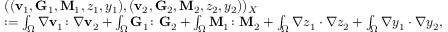
\begin{array} { r l } & { ( ( \mathbf { v } _ { 1 } , \mathbf { G } _ { 1 } , \mathbf { M } _ { 1 } , z _ { 1 } , y _ { 1 } ) , ( \mathbf { v } _ { 2 } , \mathbf { G } _ { 2 } , \mathbf { M } _ { 2 } , z _ { 2 } , y _ { 2 } ) ) _ { X } } \\ & { : = \int _ { \Omega } \nabla \mathbf { v } _ { 1 } \colon \nabla \mathbf { v } _ { 2 } + \int _ { \Omega } \mathbf { G } _ { 1 } \colon \mathbf { G } _ { 2 } + \int _ { \Omega } \mathbf { M } _ { 1 } \colon \mathbf { M } _ { 2 } + \int _ { \Omega } \nabla z _ { 1 } \cdot \nabla z _ { 2 } + \int _ { \Omega } \nabla y _ { 1 } \cdot \nabla y _ { 2 } , } \end{array}